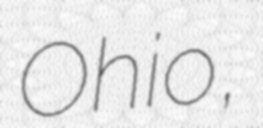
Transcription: Ohio,